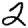
Digit: 2